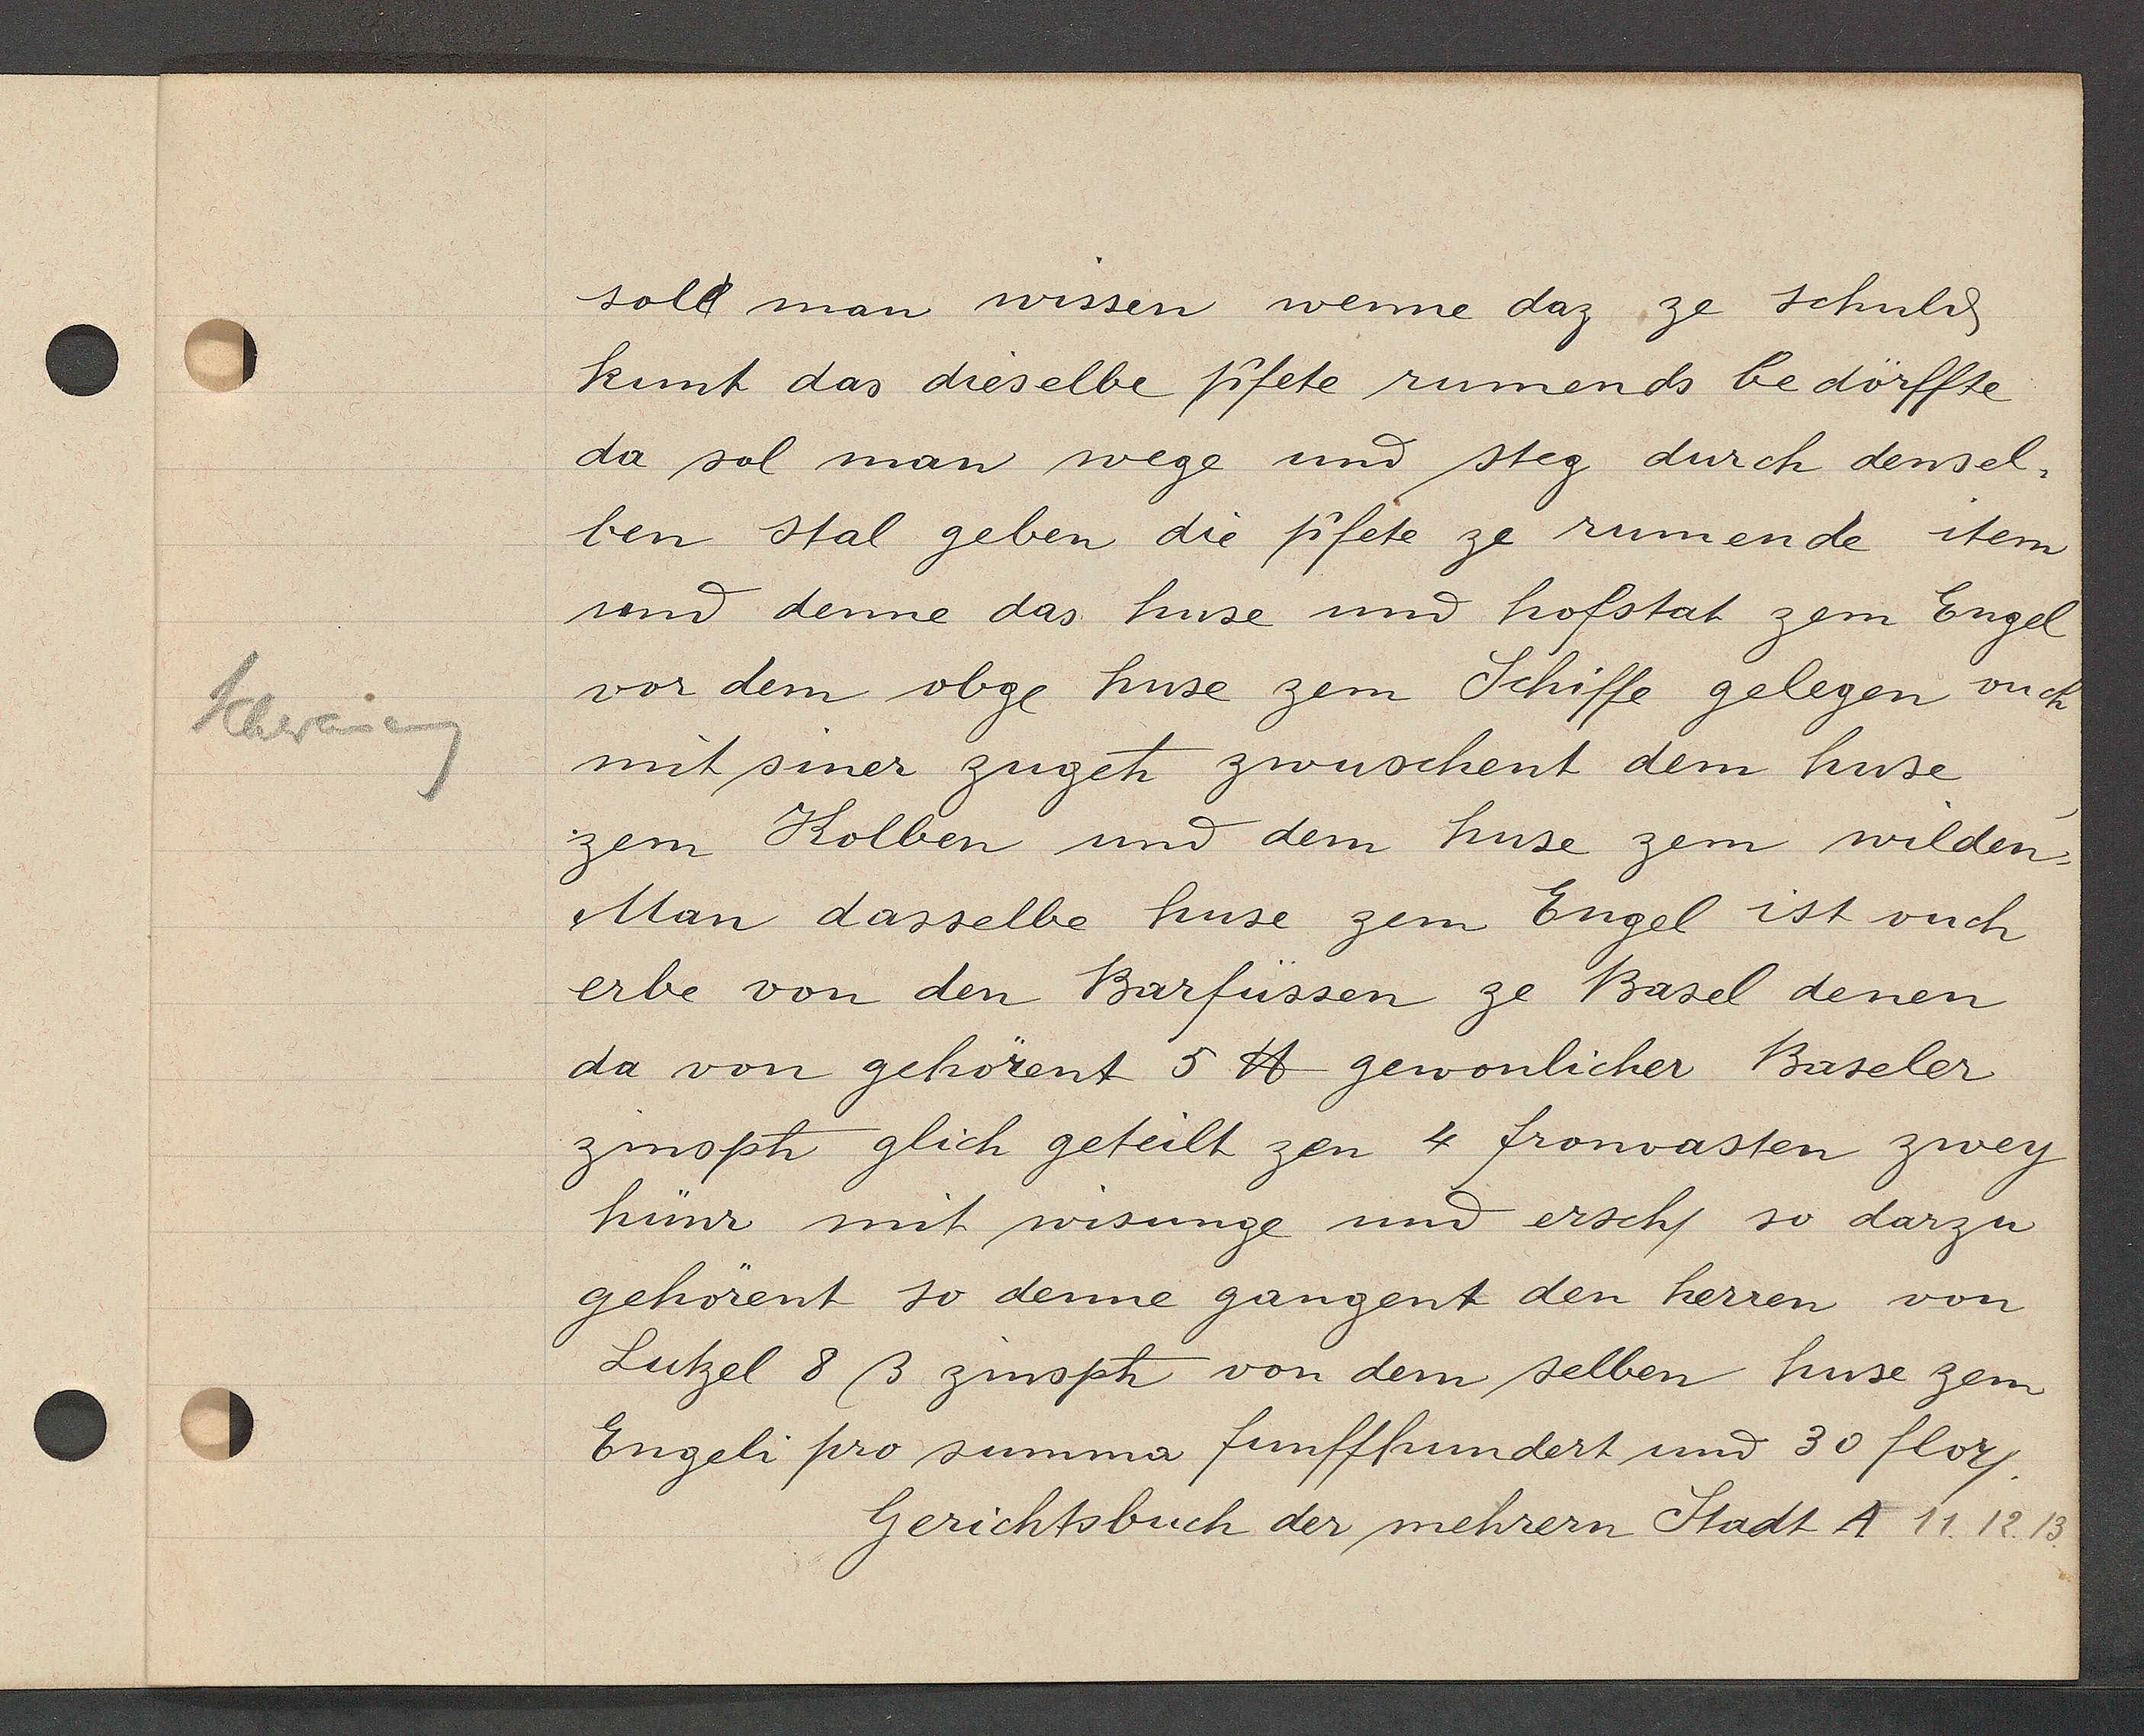
Transcript:
Schweieng

Gerichtsbuch der mehrern Stadt A 11.12. 13.

soll man wissen wnne daz ze schuld
kunt das dieselbe pfete rumends bedörffte
da sol man wege und steg durch densel-
ben stal geben die pfete ze rumende item
und denne das huse und hofstat zem Engel
vor dem obge huse zem Schiffe gelegen ouch
mit siner zuget zwuschent dem huse
zem Kolben und dem huse zem wilden
Man dasselbe huse zem Engel ist ouch
erbe von den Barfüssen ze Basel denen
da von gehörent 5 ℔ gewonlicher Baseler
zinsph glich geteilt zen 4 fronvasten zwey
hünr mit wisunge und erscht so darzu
gehörent so denne gangent den herren von
Lutzel 8 ß zinsph von dem selben huse zem
Engeli pro summa funffhundert und 30 flory.